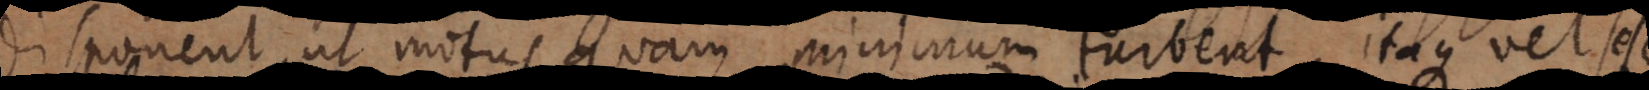
disponent, ut motus quam minimum turbent, itaque vel sese